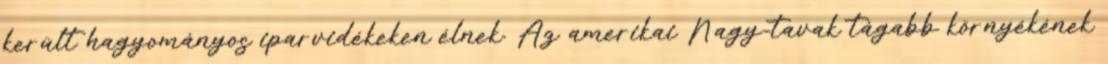
került hagyományos iparvidékeken élnek. Az amerikai Nagy-tavak tágabb környékének